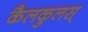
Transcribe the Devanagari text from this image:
कैलकुलस्‌